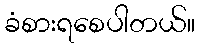
ခံစားရစေပါတယ်။